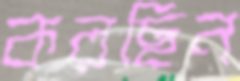
করছিন